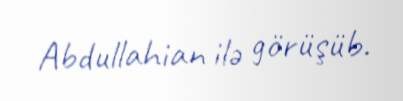
Abdullahian ilə görüşüb.